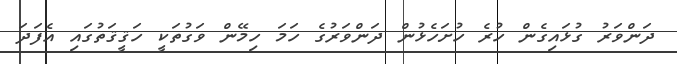
ދަންވަރު ގުޅައިގެން ހުރެ ހުށަހެޅުން ދަންވަރުގެ ހަމަ ހިމޭން ވަގުތަކީ ހަޤީޤަތުގައި އެފަދަ